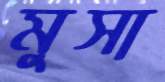
মুসা